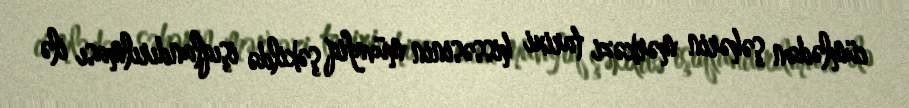
cümlədən şəhərin mərkəzi tarixi hissəsinin müvafiq şəkildə işıqlandırılması ilə